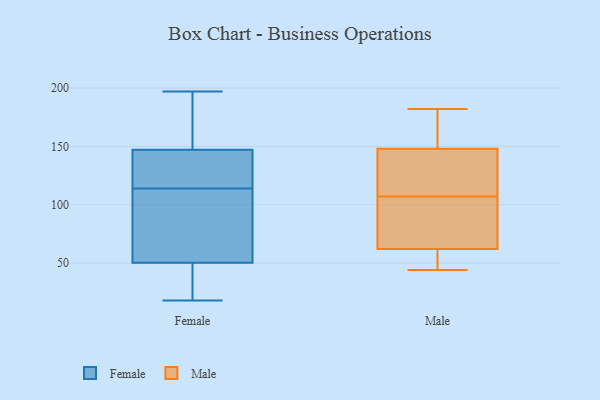
{"axis": {"x": "Tickets Resolved", "y": "Value"}, "legend": ["Female", "Male"], "data": [{"x": "", "y": 102, "type": "Female"}, {"x": "", "y": 109, "type": "Female"}, {"x": "", "y": 170, "type": "Female"}, {"x": "", "y": 25, "type": "Female"}, {"x": "", "y": 18, "type": "Female"}, {"x": "", "y": 156, "type": "Female"}, {"x": "", "y": 33, "type": "Female"}, {"x": "", "y": 117, "type": "Female"}, {"x": "", "y": 114, "type": "Female"}, {"x": "", "y": 26, "type": "Female"}, {"x": "", "y": 120, "type": "Female"}, {"x": "", "y": 189, "type": "Female"}, {"x": "", "y": 197, "type": "Female"}, {"x": "", "y": 111, "type": "Female"}, {"x": "", "y": 121, "type": "Female"}, {"x": "", "y": 116, "type": "Male"}, {"x": "", "y": 100, "type": "Male"}, {"x": "", "y": 62, "type": "Male"}, {"x": "", "y": 114, "type": "Male"}, {"x": "", "y": 148, "type": "Male"}, {"x": "", "y": 44, "type": "Male"}, {"x": "", "y": 181, "type": "Male"}, {"x": "", "y": 67, "type": "Male"}, {"x": "", "y": 182, "type": "Male"}, {"x": "", "y": 59, "type": "Male"}]}